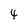
Character: 4